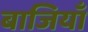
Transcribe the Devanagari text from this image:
बाजियाँ